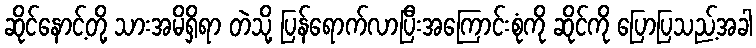
ဆိုင်နောင့်တို့ သားအမိရှိရာ တဲသို့ ပြန်ရောက်လာပြီးအကြောင်းစုံကို ဆိုင်ကို ပြောပြသည့်အခါ